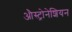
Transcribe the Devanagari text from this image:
औस्ट्रोनेशियन